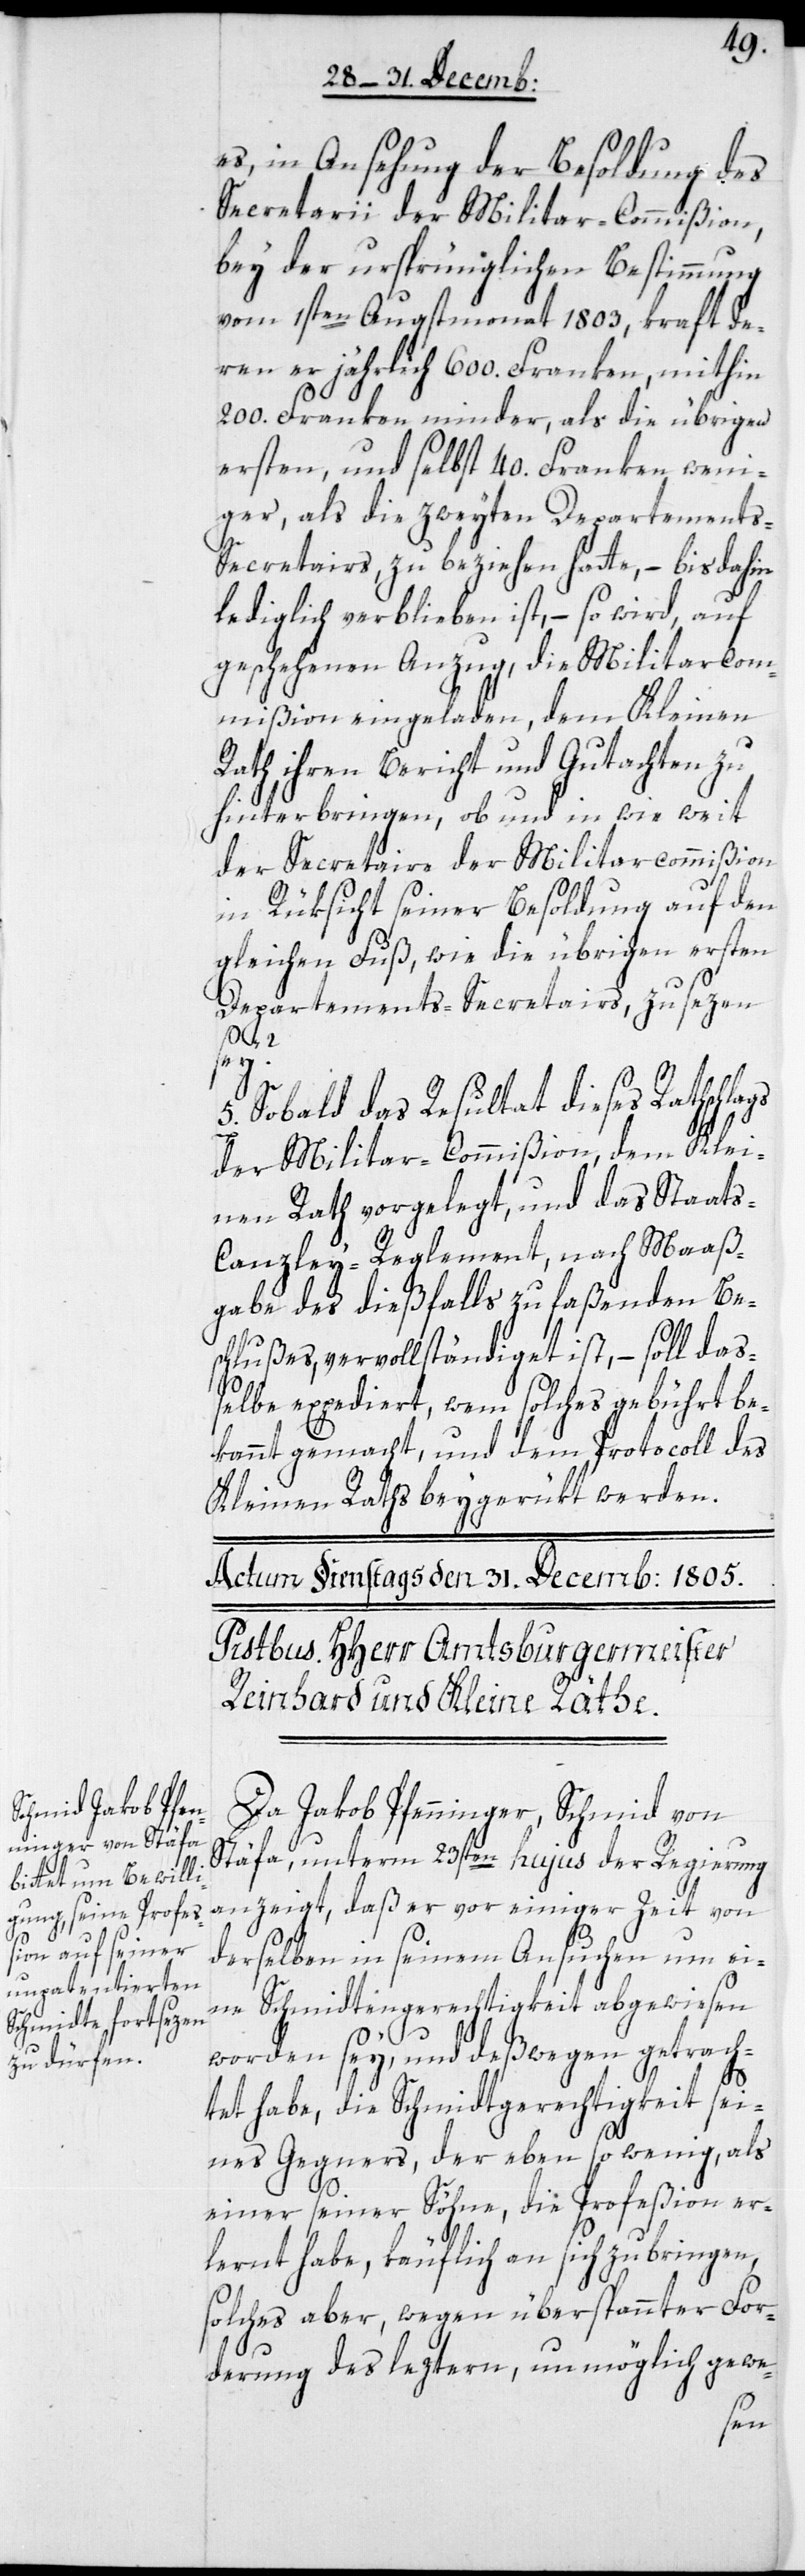
es, in Ansehung der Besoldung des
Secretarii der Militar-Commißion,
bey der ursprünglichen Bestimmung
vom 1sten Augstmonat 1803, kraft de¬
ren er jährlich 600. Franken, mithin
200. Franken minder, als die übrigen
ersten, und selbst 40. Franken weni¬
ger, als die zweyten Departement¬
s-Secretairs, zu beziehen hatte, – bis dahin
lediglich verblieben ist, – so wird, auf
geschehenen Anzug, die Militarcom¬
mißion eingeladen, dem Kleinen
Rath ihren Bericht und Gutachten zu
hinterbringen, ob und in wie weit
der Secretaire der Militarcommißion
in Rüksicht seiner Besoldung auf den
gleichen Fuß, wie die übrigen ersten
Departements-Secretairs, zu sezen
5. Sobald das Resultat dieses Rathschlags
der Militar-Commißion dem Klei¬
nen Rath vorgelegt, und das Staat¬
s-Canzley-Reglement, nach Maaß¬
gabe des dießfalls zu faßenden Be¬
schlußes, vervollständiget ist, – soll daß¬
elbe expediert, wem solches gebührt be¬
kannt gemacht, und dem Protocoll des
Kleinen Raths beygerükt werden.
Da Jakob Pfenninger, Schmid von
Stäfa, unterm 23sten hujus der Regierung
anzeigt, daß er vor einiger Zeit von
derselben in seinem Ansuchen um ei¬
ne Schmidtengerechtigkeit abgewiesen
worden sey, und deßwegen getrach¬
tet habe, die Schmidtengerechtigkeit sei¬
nes Gegners, der ebenso wenig als
einer seiner Söhne, die Profeßion er¬
lernt habe, käuflich an sich zu bringen,
solches aber, wegen überspannter For¬
derung des leztern, unmöglich gewe-